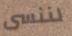
لننسى